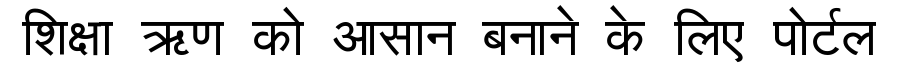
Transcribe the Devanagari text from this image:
शिक्षा ऋण को आसान बनाने के लिए पोर्टल